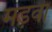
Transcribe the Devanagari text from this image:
मड़वा